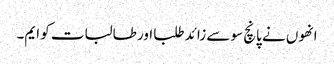
انھوں نے پانچ سو سے زائد طلبا اور طالبات کو ایم۔